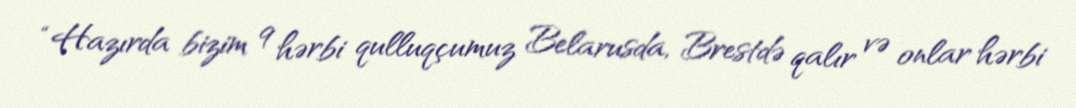
“Hazırda bizim 9 hərbi qulluqçumuz Belarusda, Brestdə qalır və onlar hərbi